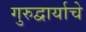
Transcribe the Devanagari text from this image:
गुरुद्वार्याचे